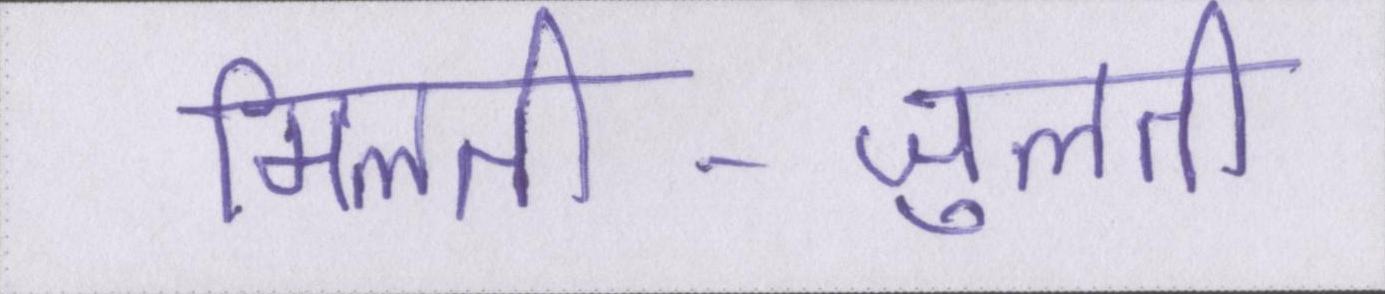
मिलती-जुलती